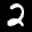
Label: 2